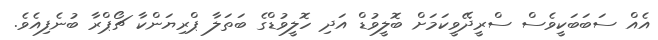
އެއް ސަބަބަކީވެސް ސްރީދޭވީކަމަށް ބޮލީވުޑް އަދި ހޮލީވުޑްގެ ބަތަލާ ޕްރިޔަންކާ ޗޯޕްރާ ބުނެފިއެވެ.